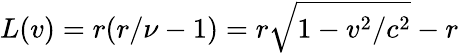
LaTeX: L(v)=r(r/\nu-1)=r\sqrt{1-v^{2}/c^{2}}-r